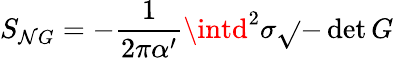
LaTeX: S_{\mathcal{N}G}=-{\frac{{1}}{{2\pi\alpha^{\prime}}}}\intd^{2}\sigma\sqrt{}{{-\operatorname*{det}G}}